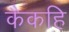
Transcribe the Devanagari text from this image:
कैकहि